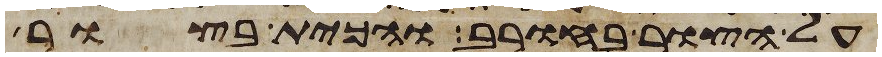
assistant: על הצור בחורב והכית בצור